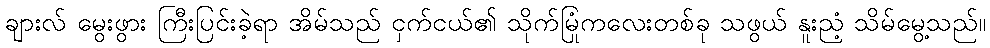
ချားလ် မွေးဖွား ကြီးပြင်းခဲ့ရာ အိမ်သည် ငှက်ငယ်၏ သိုက်မြုံကလေးတစ်ခု သဖွယ် နူးညံ့ သိမ်မွေ့သည်။